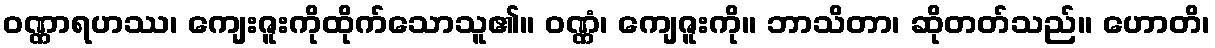
ဝဏ္ဏာရဟဿ၊ ကျေးဇူးကိုထိုက်သောသူ၏။ ဝဏ္ဏံ၊ ကျေဇူးကို။ ဘာသိတာ၊ ဆိုတတ်သည်။ ဟောတိ၊